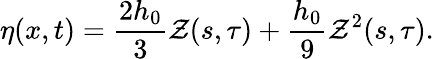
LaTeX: \eta(x,t)=\frac{2h_{0}}{3}\mathcal{Z}(s,\tau)+\frac{h_{0}}{9}\mathcal{Z}^{2}(s,\tau).